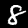
Digit: 8